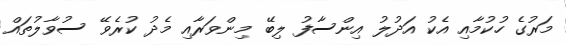
މަރުގެ ހުކުމާއި އެކު އަދުލު އިންސާފު ލިބޭ މިންވަރާއި މެދު ކުރެވޭ ސުވާލުތައް